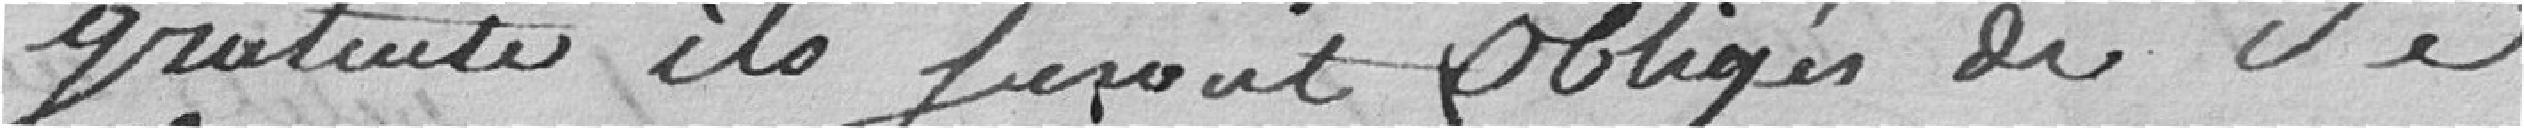
gratuit ils seront obligés de se